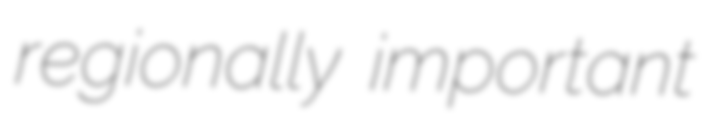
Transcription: regionally important